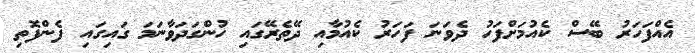
އެއްފަހަރު ބޭސް ކެއުމަށްފަހު ދެވަނަ ފަހަރު ކެއުމާއި ދޭތެރޭގައި ހުންގަދަވާނަމަ ގައިގައި ފެންފޮތި